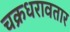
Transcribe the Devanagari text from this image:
चक्रधरावतार